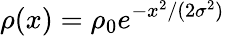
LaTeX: \rho(x)=\rho_{0}e^{-x^{2}/(2\sigma^{2})}